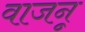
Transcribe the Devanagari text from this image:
वाजनू